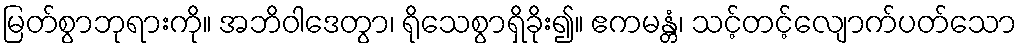
မြတ်စွာဘုရားကို။ အဘိဝါဒေတွာ၊ ရိုသေစွာရှိခိုး၍။ ဧကမန္တံ၊ သင့်တင့်လျောက်ပတ်သော